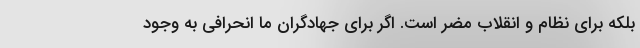
بلکه برای نظام و انقلاب مضر است. اگر برای جهادگران ما انحرافی به وجود